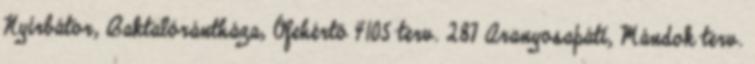
Nyírbátor, Baktalórántháza, Ófehértó 4105 terv. 287 Aranyosapáti, Mándok terv.